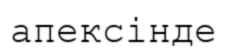
апексінде